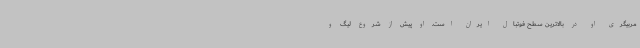
مربیگری او در بالاترین سطح فوتبال ایران است. او پیش از شروع لیگ و